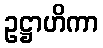
ဥဋ္ဌာဟိကာ